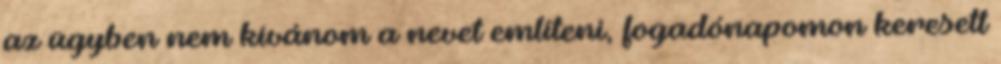
az ügyben nem kívánom a nevet említeni, fogadónapomon keresett